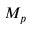
M _ { p }